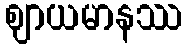
ဈာယမာနဿ